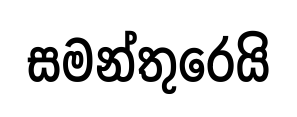
සමන්තුරෙයි